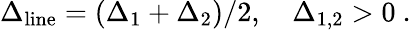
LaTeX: \Delta_{\mathrm{line}}=(\Delta_{1}+\Delta_{2})/2,\quad\Delta_{1,2}>0\ .